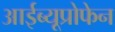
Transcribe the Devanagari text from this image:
आईब्यूप्रोफेन